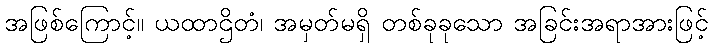
အဖြစ်ကြောင့်။ ယထာဌိတံ၊ အမှတ်မရှိ တစ်ခုခုသော အခြင်းအရာအားဖြင့်